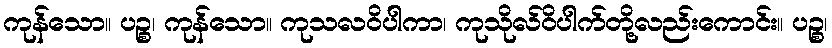
ကုန်သော။ ပဉ္စ၊ ကုန်သော။ ကုသလဝိပါကာ၊ ကုသိုလ်ဝိပါက်တို့လည်းကောင်း။ ပဉ္စ၊